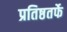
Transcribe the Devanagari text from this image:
प्रतिष्ठतर्फे